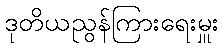
ဒုတိယညွန်ကြားရေးမှူး